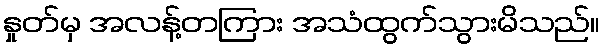
နှုတ်မှ အလန့်တကြား အသံထွက်သွားမိသည်။